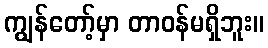
ကျွန်တော့်မှာ တာဝန်မရှိဘူး။